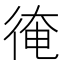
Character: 𢔂